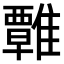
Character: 𩀽